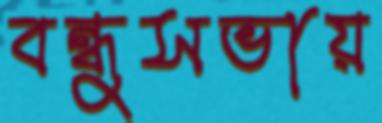
বন্ধুসভায়